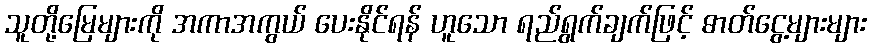
သူတို့မြေများကို အကာအကွယ် ပေးနိုင်ရန် ဟူသော ရည်ရွက်ချက်ဖြင့် ဓာတ်ငွေ့များများ